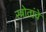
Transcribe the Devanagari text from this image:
स्त्रोतांचे